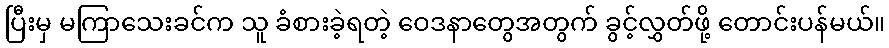
ပြီးမှ မကြာသေးခင်က သူ ခံစားခဲ့ရတဲ့ ဝေဒနာတွေအတွက် ခွင့်လွှတ်ဖို့ တောင်းပန်မယ်။